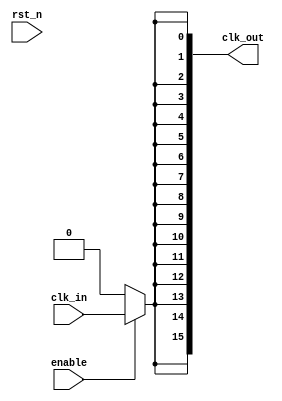
module high_fanout_clock_buffer #(
    parameter N = 16 // Number of output ports (adjustable based on requirements)
)(
    input wire clk_in,         // Input clock signal
    input wire enable,         // Enable signal to control the clock output
    input wire rst_n,          // Active low reset signal
    output wire [N-1:0] clk_out // Output clock signals
);

    // Internal signal to hold the buffered clock
    wire buffered_clk;

    // Simple clock buffer implementation
    // You can replace this with a more complex buffer if needed
    assign buffered_clk = (enable == 1'b1) ? clk_in : 1'b0; // Buffer the clock based on enable

    // Generate N outputs by connecting them to the buffered clock
    genvar i;
    generate
        for (i = 0; i < N; i = i + 1) begin : clk_gen
            assign clk_out[i] = buffered_clk;
        end
    endgenerate

    // Add any reset logic if required
    // For instance: if you want to clear the outputs on reset
    // In this case, the outputs will go low when enable is low
    // This can be modified based on your specific design requirements

endmodule